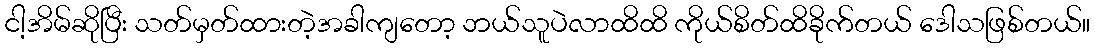
ငါ့အိမ်ဆိုပြီး သတ်မှတ်ထားတဲ့အခါကျတော့ ဘယ်သူပဲလာထိထိ ကိုယ်စိတ်ထိခိုက်တယ် ဒေါသဖြစ်တယ်။